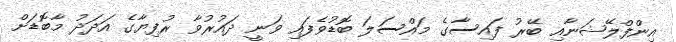
އިންފްލޭޝަނާއި ބޭރު ފައިސާގެ މައްސަލަ ބޮޑުވެފައި ވަނީ ދައުރުވާ ރުފިޔާގެ އަދަދު މާބޮޑަށް